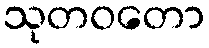
သုတဝတော